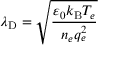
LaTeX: \lambda _ { \mathrm { { D } } } = { \sqrt { \frac { \varepsilon _ { 0 } k _ { \mathrm { { B } } } T _ { e } } { n _ { e } q _ { e } ^ { 2 } } } }